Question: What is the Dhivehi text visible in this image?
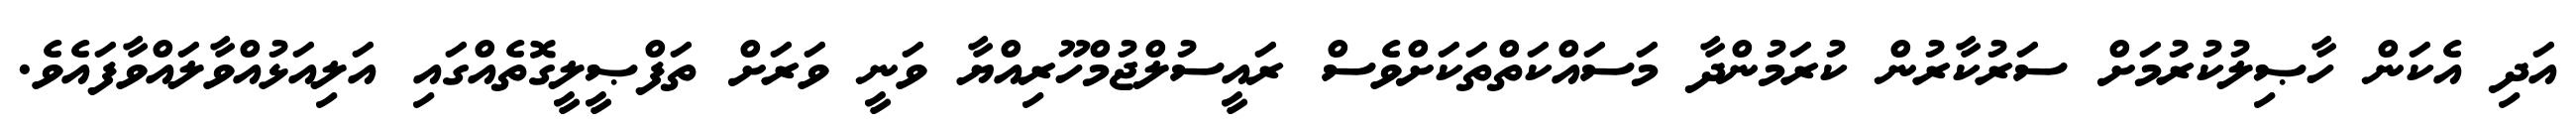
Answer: އަދި އެކަން ހާޞިލުކުރުމަށް ސަރުކާރުން ކުރަމުންދާ މަސައްކަތްތަކަށްވެސް ރައީސުލްޖުމްހޫރިއްޔާ ވަނީ ވަރަށް ތަފްޞީލީގޮތެއްގައި އަލިއަޅުއްވާލައްވާފައެވެ.